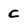
Character: C